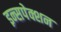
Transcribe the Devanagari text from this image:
इन्सपेक्शन